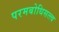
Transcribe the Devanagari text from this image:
परमबोधिसत्त्व